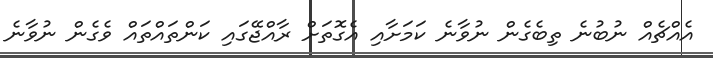
އެއްޗެއް ނުބުނެ ތިބެގެން ނުވާނެ ކަމަށާއި އެގޮތަށް ރާއްޖޭގައި ކަންތައްތައް ވެގެން ނުވާނެ